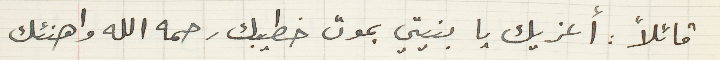
قائلاً: أعزيك يا بنيتي بموت خطيبك رحمه الله واهنئك